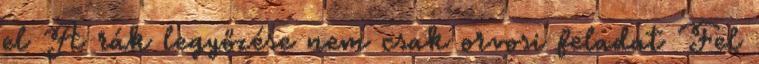
el A rák legyőzése nem csak orvosi feladat Fel